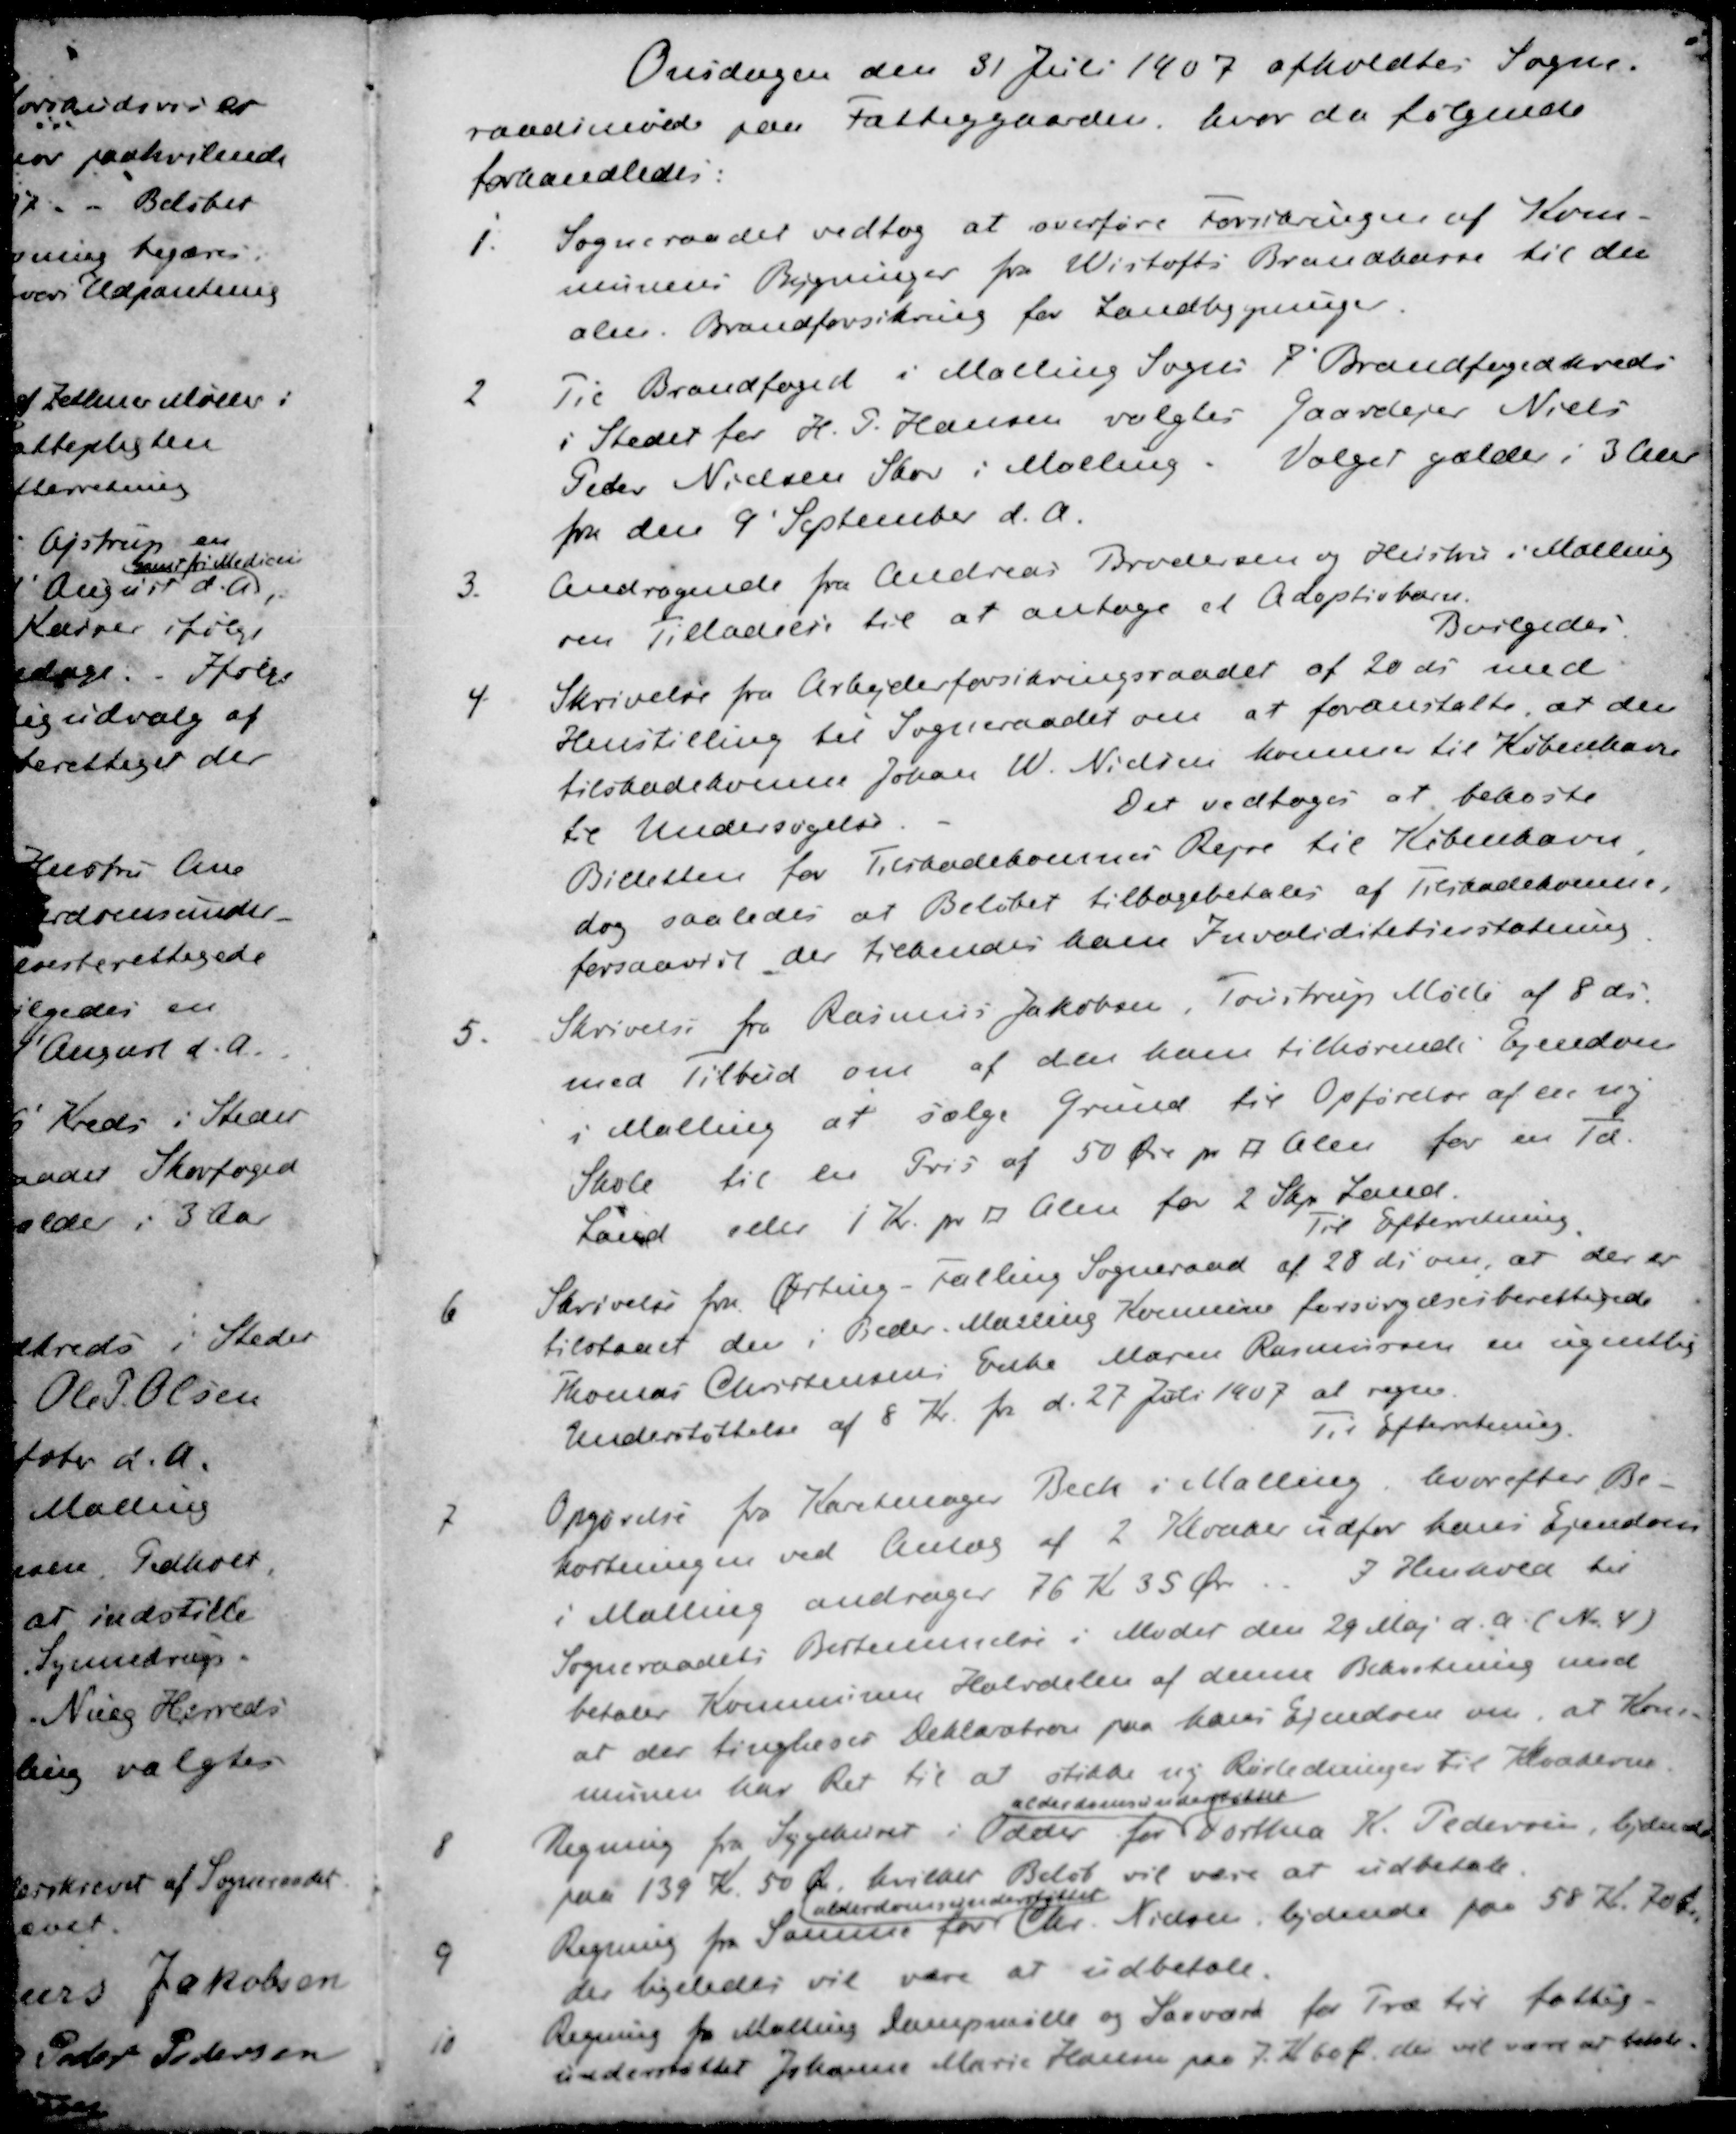
Transskription:
Onsdagen den 31 Juli 1907 afholdtes Sogne-
raadsmøde paa Fattiggaarden, hvor da følgende
forhandledes:
1. Sogneraadet vedtog at overføre forsikringen af Kom-
munens Bygninger fra Wistofts Brandkasse til den
alm Brandforsikring for Landbygninger
2 Til Brandfoged i Malling Sogns 7' Brandfogedkreds
i Stedet for H. P. Hansen valgtes Gaardejer Niels
Peder Nielsen Skov i Malling. Valget gælder i 3 Aar
fra den 9' September d. A.
3. Andragende fra Andreas Brodersen og Hustru i Malling
om Tilladelse til at antage et Adoptiebarn.
Bevilgedes
4. Skrivelse fra Arbejderforsikringsraadet af 20 ds med
Henstilling til Sogneraadet om at foranstalte at den
tilskadekomne Johan W. Nielsen kommer til København
til Undersøgelse
Det vedtoges at bekoste
Billetten for Tilskadekomnes Rejse til København
dog saaledes at Beløbet tilbagebetales af Tilskadekomne,
forsaavidt der tilkendes ham Invaliditetserstatning
5. Skrivelse fra Rasmus Jakobsen, Toustrup Mølle af 8 ds
med Tilbud om af den ham tilhørende Ejendom
i Malling at sælge Grund til Opførelse af en ny
Skole til en Pris af 50 Øre pr □ Alen for en Td
Land eller 1 Kr pr □ Alen for 2 Skp. Land.
Til Efterretning
6 Skrivelse fra Ørting-Fallling Sogneraad af 28 ds om, at der er
tilstaaet der i Beder Malling Kommune forsørgelsesberettigede
Thomas Christensens Enke Maren Rasmussen en ugentlig
Understøttelse af 8 Kr. pr. d. 27 Juli 1907 at regne.
Til Efterretning.
7 Opgørelse fra Karetmager Bech i Malling, hvorefter Be-
kostningen ved Anlæg af 2 Kloaker udfor hans Ejendom
i Malling andrager 76 Kr 35 Øre. I Henhold til
Sogneraadets Bestemmelse i Mødet den 29 Maj d. A. (Nr. 4)
betaler Kommunen Halvdelen af denne Bekostning mod
at der tinglæses Deklaration paa hans Ejendom om, at Kon-
munen har Ret til at stikke ny Rørledninger til Kloakerne
Alderdomsunderstøttel
8 Regning fra Sygehuset i Odder for Dorthea K. Pedersen, lydende
paa 139 Kr. 50 Ør. hvilket Beløb vil være at udbetale.
alderdomsunderstøttet
9 Regning fra Samme for Chr. Nielsen, lydende paa 58 Kr 70 Øre
der ligeledes vil være at udbetale.
10 Regning for Malling Dampmølle og Savværk for Træ til fattig-
understøttet Johanne Marie Hansen paa 7 Kr 60 Øre der vil være at betale